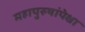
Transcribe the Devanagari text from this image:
महापुरुषांपेक्षा